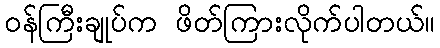
ဝန်ကြီးချုပ်က ဖိတ်ကြားလိုက်ပါတယ်။